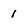
Character: 1